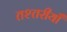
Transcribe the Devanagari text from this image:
तश्तरीयाँ